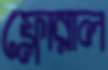
ফ্লোরাল